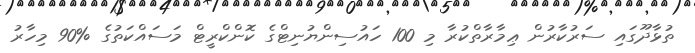
ތުޅާދޫގައި ސަރުކާރުން ޢިމާރާތްކުރާ މި 100 ހައުސިންޔުނިޓްގެ ކޮންކްރީޓް މަސައްކަތުގެ %90 މިހާރު